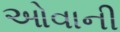
ઓવાની